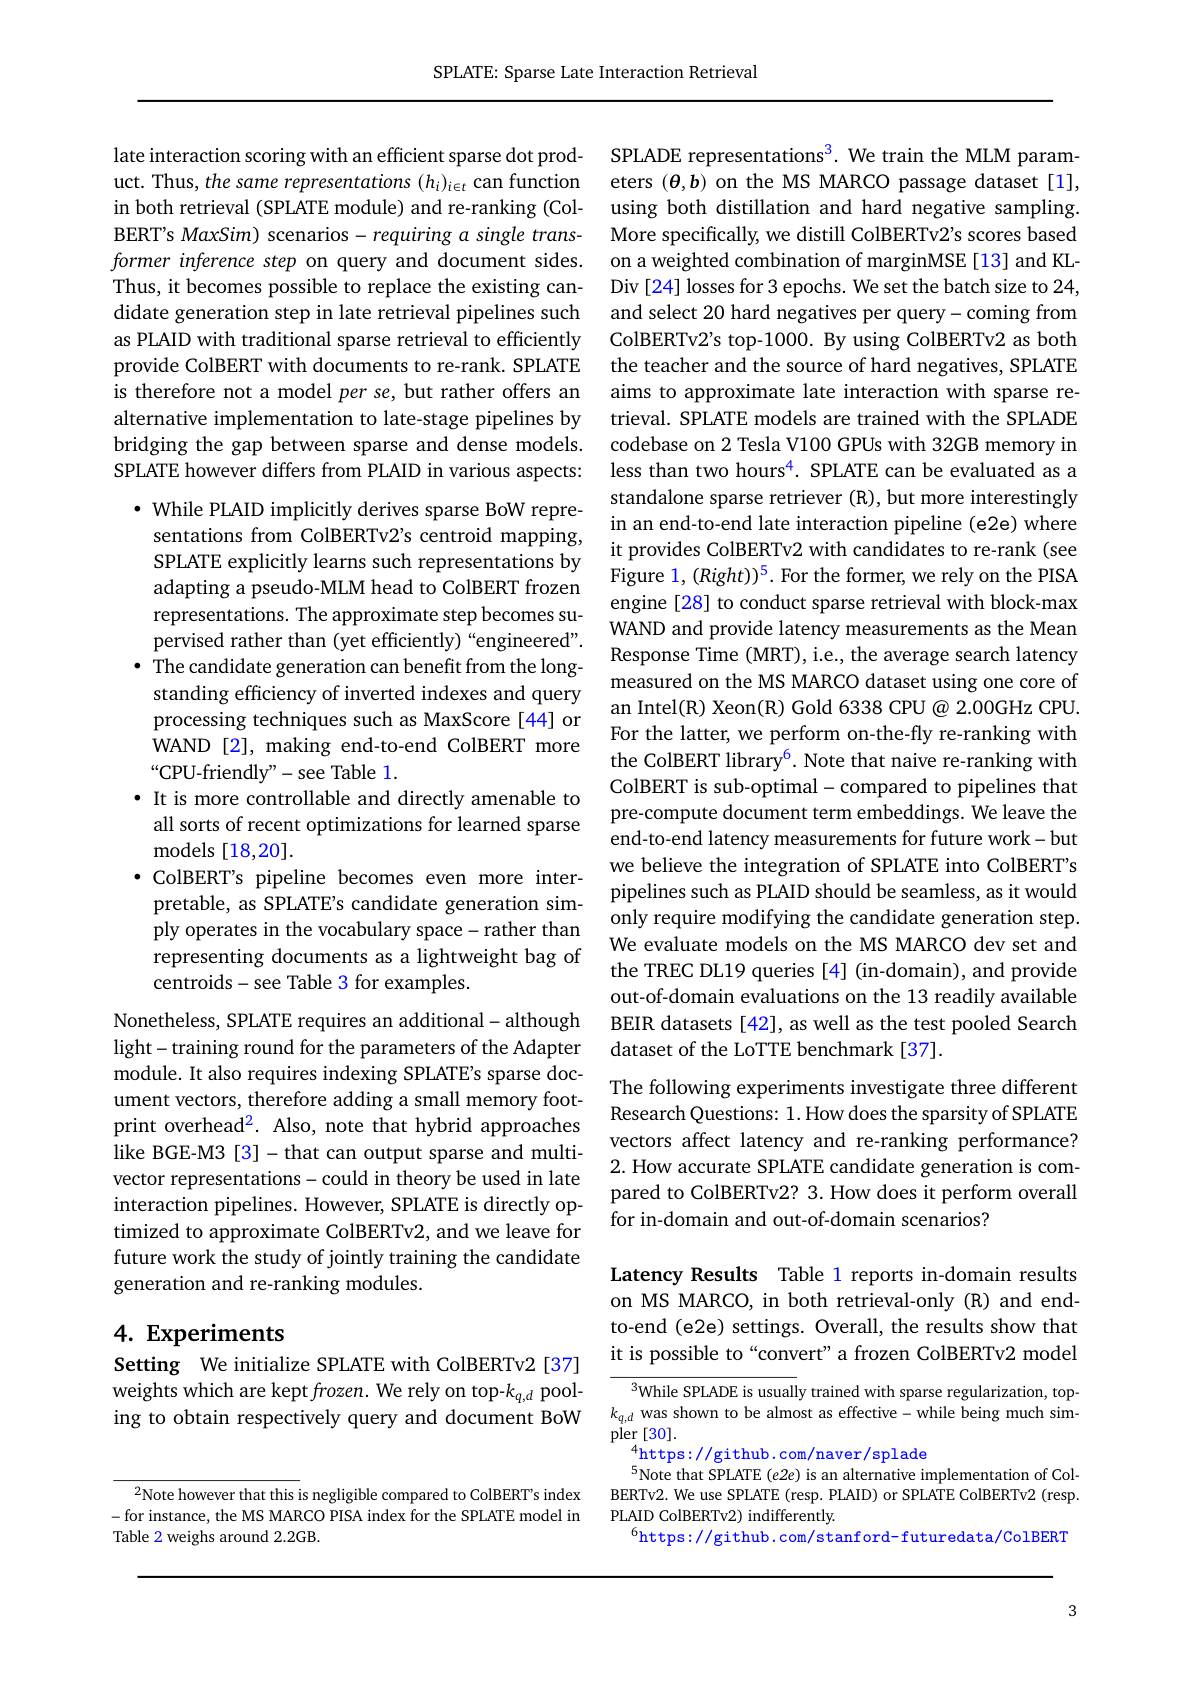
SPLATE: Sparse Late Interaction Retrieval

$^{2}$Note however that this is negligible compared to ColBERT's index -for instance, the MS MARCO PISA index for the SPLATE model in Table 2 weighs around 2.2GB.

late interaction scoring with an efficient sparse dot product. Thus, the same representations (hi)¡ can function in both retrieval (SPLATE module) and re-ranking (ColBERT's MaxSim) scenarios- requiring $\alpha$ single transformer inference step on query and document sides. Thus, it becomes possible to replace the existing candidate generation step in late retrieval pipelines such as PLAID with traditional sparse retrieval to efficiently provide ColBERT with documents to re-rank. SPLATE is therefore not a model per se, but rather offers an alternative implementation to late-stage pipelines by bridging the gap between sparse and dense models. SPLATE however differs from PLAID in various aspects:

· While PLAID implicitly derives sparse BoW representations from ColBERTv2's centroid mapping, SPLATE explicitly learns such representations by adapting a pseudo-MLM head to ColBERT frozen pervised rather than (yet efficiently)“engineered”.
· The candidate generation can benefit from the long-
standing efficiency of inverted indexes and query processing techniques such as MaxScore [44] or WAND [2], making end-to-end ColBERT more “CPU-friendly"-see Table 1.
· It is more controllable and directly amenable to
all sorts of recent optimizations for learned sparse
models [18,20].
·ColBERT's pipeline becomes even more inter-
ply operates in the vocabulary space- rather than representing documents as a lightweight bag of centroids-see Table 3 for examples.
Nonetheless, SPLATE requires an additional- although light- training round for the parameters of the Adapter module. It also requires indexing SPLATE's sparse document vectors, therefore adding a small memory footprint overhead$^2.$ Also, note that hybrid approaches like BGE-M3[3]-that can output sparse and multivector representations-could in theory be used in late interaction pipelines. However, SPLATE is directly optimized to approximate ColBERTv2, and we leave for future work the study of jointly training the candidate generation and re-ranking modules.

## 4. Experiments

Setting We initialize SPLATE with ColBERTv2 [37] weights which are kept frozen. We rely on top-kq,d pooling to obtain respectively query and document BoW

SPLADE representations$^3.$ We train the MLM parameters $(\boldsymbol{\theta},\boldsymbol{b})$ on the MS MARCO passage dataset[1], using both distillation and hard negative sampling. More specifically, we distill ColBERTv2's scores based on a weighted combination of marginMSE [13] and KLDiv [24] losses for 3 epochs. We set the batch size to 24, and select 20 hard negatives per query-coming from ColBERTv2's top-1000. By using ColBERTv2 as both the teacher and the source of hard negatives, SPLATE aims to approximate late interaction with sparse retrieval. SPLATE models are trained with the SPLADE codebase on 2 Tesla V100 GPUs with 32GB memory in less than two hours$^{4}.$ SPLATE can be evaluated as a standalone sparse retriever (R), but more interestingly in an end-to-end late interaction pipeline (e2e) where it provides ColBERTv2 with candidates to re-rank (see Figure 1, (Right))$^5.$ For the former, we rely on the PISA
aupresentations. The approximate step becomes su- $\begin{array}{c}\text{engine[28]to conduct sparse retrieval with block-max}\\\text{nerricod rathor than(vot officiontlv)“onsinoord" WAND and provide latency measurements as the Mean}\end{array}$
Response Time (MRT), i.e., the average search latency measured on the MS MARCO dataset using one core of an Intel(R) Xeon(R) Gold 6338 CPU@ 2.00GHz CPU. For the latter, we perform on-the-fly re-ranking with the ColBERT library$^6.$ Note that naive re-ranking with ColBERT is sub-optimal-compared to pipelines that pre-compute document term embeddings. We leave the end-to-end latency measurements for future work-but we believe the integration of SPLATE into ColBERT's pipelines such as PLAID should be seamless, as it would
pretable, as SPLATE's candidate generation sim- $\begin{array}{cc}\text{plpenntes sucll as PLAD slloulu be sealliess, as lt woulu}\\\text{ply operates in the vocabulary space rather than}\end{array}$
We evaluate models on the MS MARCO dev set and the TREC DL19 queries [4] (in-domain), and provide out-of-domain evaluations on the 13 readily available BEIR datasets [42], as well as the test pooled Search dataset of the LoTTE benchmark[37].
The following experiments investigate three different Research Questions: 1. How does the sparsity of SPLATE vectors affect latency and re-ranking performance? 2. How accurate SPLATE candidate generation is compared to ColBERTv2? 3. How does it perform overall for in-domain and out-of-domain scenarios?

Latency Results Table 1 reports in-domain results on MS MARCO, in both retrieval-only (R) and endto-end (e2e) settings. Overall, the results show that it is possible to“convert”a frozen ColBERTv2 model

${\sqrt{3}\text{While SPLADE is usually trained with sparse regularization, top-}}$ $k_{q,d}$ was shown to be almost as effective-while being much sim- $\mathop{\mathrm{pler}}\left[30\right].$
$^4$https://github.com/naver/splade
$^{5}$Note that SPLATE (e2e) is an alternative implementation of ColBERTv2. We use SPLATE (resp. PLAID) or SPLATE ColBERTv2 (resp. PLAID ColBERTv2) indifferently.
$^{6}$https://github.com/stanford-futuredata/ColBERT

3